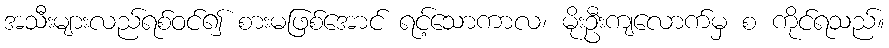
အသီးများလည်ရစ်ဝင်၍ စားမဖြစ်အောင် ရင့်သောကာလ၊ မိုးဦးကျလောက်မှ စ ကိုင်ရသည်။